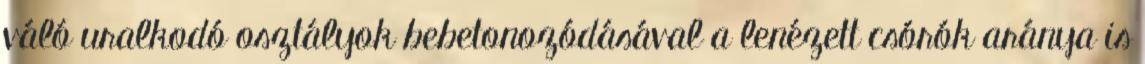
váló uralkodó osztályok bebetonozódásával a lenézett csórók aránya is